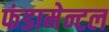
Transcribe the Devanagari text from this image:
फंडामेन्टल